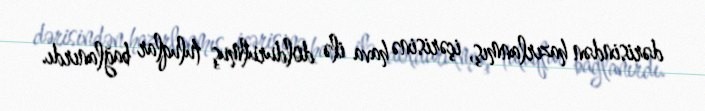
dərisindən hazırlanmış, içərisinə hava ilə doldurulmuş tuluqlar bağlanırdı.